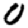
Digit: 0